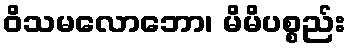
ဝိသမလောဘော၊ မိမိပစ္စည်း